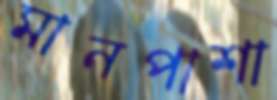
মানপাশা